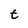
Character: t